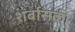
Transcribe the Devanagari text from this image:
शर्बासकी